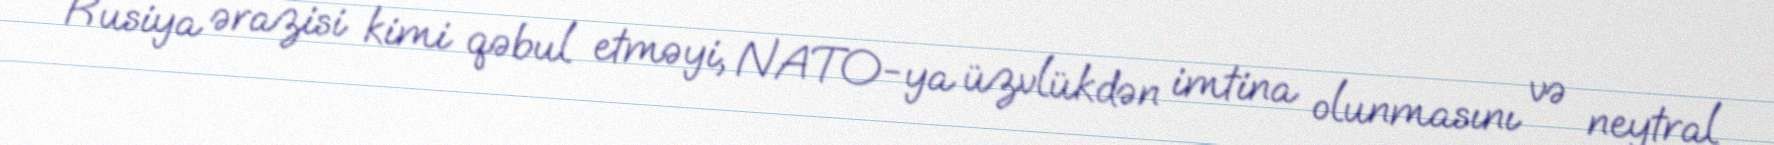
Rusiya ərazisi kimi qəbul etməyi, NATO-ya üzvlükdən imtina olunmasını və neytral